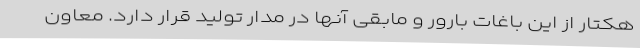
هکتار از این باغات بارور و مابقی آنها در مدار تولید قرار دارد. معاون